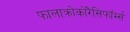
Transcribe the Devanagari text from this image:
फालाक्रोकोरैसिफॉर्म्स